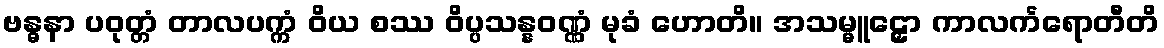
ဗန္ဓနာ ပဝုတ္တံ တာလပက္ကံ ဝိယ စဿ ဝိပ္ပသန္နဝဏ္ဏံ မုခံ ဟောတိ။ အသမ္မူဠှော ကာလင်္ကရောတီတိ